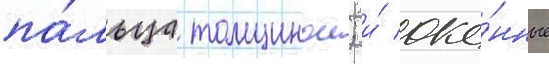
па́льца толщинои; и́ око́нные